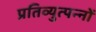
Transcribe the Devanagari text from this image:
प्रतिव्युत्पन्नों